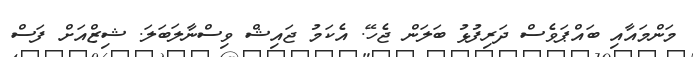
މަންމައާއި ބައްޕަވެސް ދަރިފުޅު ބަލަން ޖެހޭ. އެކަމު ޖައިޝް ވިސްނާލަބަލަ. ޝިޒްއަށް ފަސް